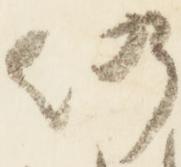
仍